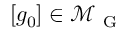
[ g _ { 0 } ] \in \mathcal { M } _ { \mathrm { ~ G ~ } }